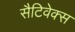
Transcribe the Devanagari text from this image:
सैटिवेक्स